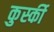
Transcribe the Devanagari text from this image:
कुर्स्की